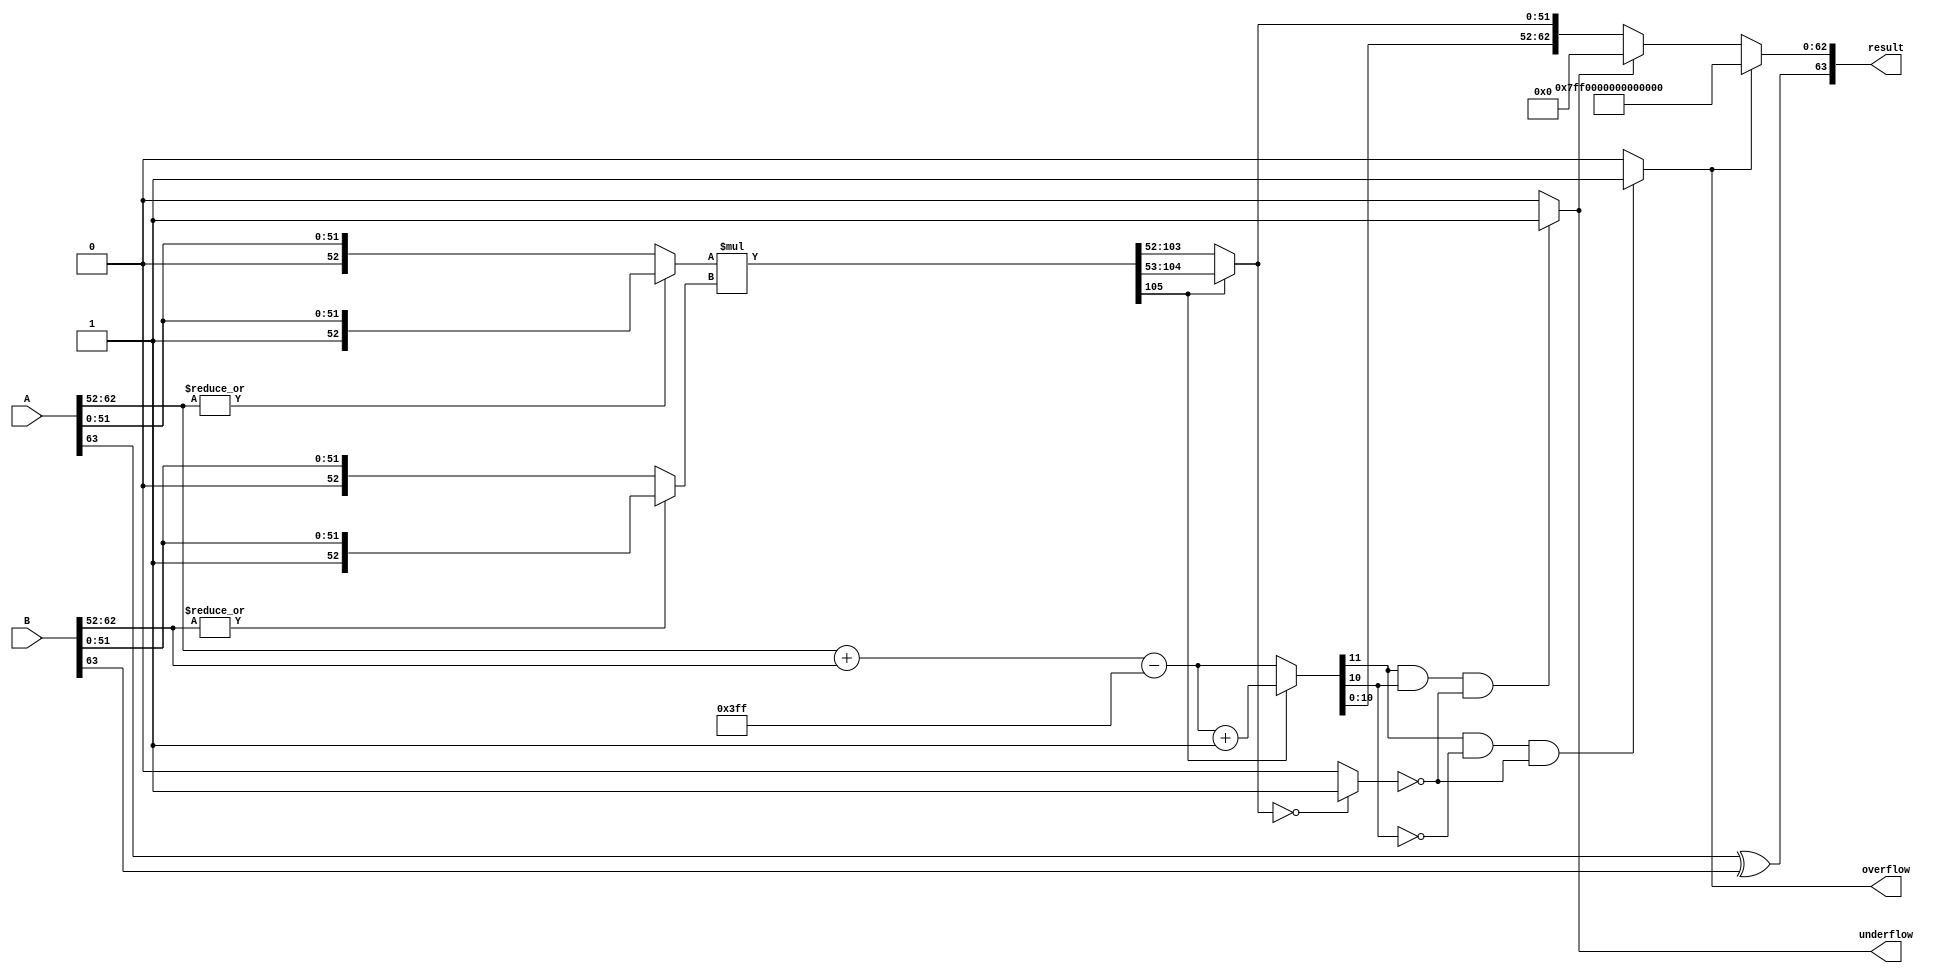
module fpu_dp_multiplier #(parameter WIDTH=64) (input [WIDTH-1:0] A,input [WIDTH-1:0] B
,output wire [WIDTH-1:0] result,output wire overflow,output wire underflow);

wire A_sign,B_sign,sign,zero;
wire [52:0] A_Mantissa,B_Mantissa;
wire [51:0] Mantissa;
wire [105:0] Temp_Mantissa;
wire [10:0] A_Exponent,B_Exponent;
wire [11:0] Temp_Exponent,Exponent;

assign A_Exponent=A[62:52];
assign A_sign=A[63];

assign B_Exponent=B[62:52];
assign B_sign=B[63];

 //Normal Operation
 
 // XOR of Sign Bit
 assign sign=A_sign^B_sign;
 //If Exponent = 0, first bit = 0 
 assign A_Mantissa=(|A_Exponent) ? {1'b1,A[51:0]} : {1'b0,A[51:0]};
 assign B_Mantissa=(|B_Exponent) ? {1'b1,B[51:0]} : {1'b0,B[51:0]};
 //Product of Mantissas
 assign Temp_Mantissa=A_Mantissa*B_Mantissa; 
 //Normalization
 assign Mantissa=Temp_Mantissa[105] ? Temp_Mantissa[104:53] : Temp_Mantissa[103:52];

 //Check for zero Mantissa
 assign zero = (Mantissa==52'd0) ?1'b1:1'b0;
 //Exponent
 assign Temp_Exponent=A_Exponent+B_Exponent-1023;
 assign Exponent= Temp_Mantissa[105] ? Temp_Exponent+1'b1 :Temp_Exponent;
 
 //OverFlow & UnderFlow
 assign overflow = ((Exponent[11] & !Exponent[10]) &!zero) ? 1'b1:1'b0;
 assign underflow= ((Exponent[11] & Exponent[10]) &!zero)  ? 1'b1:1'b0;
 //Result
 assign result = overflow ? {sign,11'b11111111111,52'd0} 
 : underflow ? {sign,63'd0} : {sign,Exponent[10:0],Mantissa};

endmodule